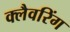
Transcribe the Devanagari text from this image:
क्लैवरिंग